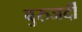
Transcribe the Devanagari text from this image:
बुरुजर्दी